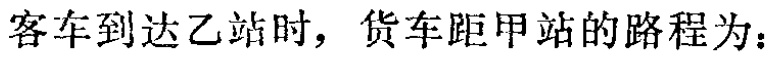
客车到达乙站时，货车距甲站的路程为：